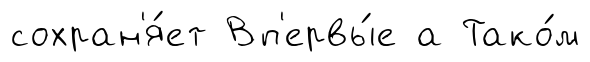
сохран'я́ет Вп'ервы́е а Тако́м